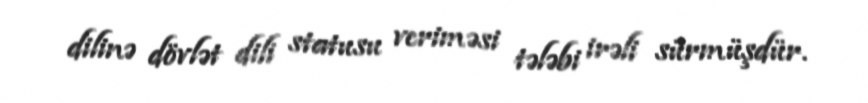
dilinə dövlət dili statusu veriməsi tələbi irəli sürmüşdür.